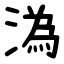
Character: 溈